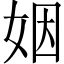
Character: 姻